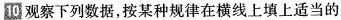
10.观察下列数据，按某种规律在横线上填上适当的